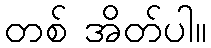
တစ် အိတ်ပါ။